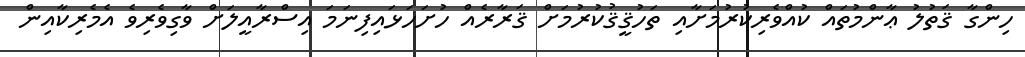
ހިންގާ ޤަތުލު ޢާންމުތައް ކުއްވެރިކުރުމަށާއި ތަހުޤީޤުކުރުމަށް ޤަރާރެއް ހުށަހަޅައިފިނަމަ އިސްރާއީލަށް ވާގިވެރިވެ އެމެރިކާއިން